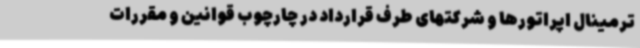
ترمینال اپراتورها و شرکتهای طرف قرارداد در چارچوب قوانین و مقررات